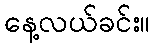
နေ့လယ်ခင်း။